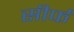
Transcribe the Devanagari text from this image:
सीर्फ